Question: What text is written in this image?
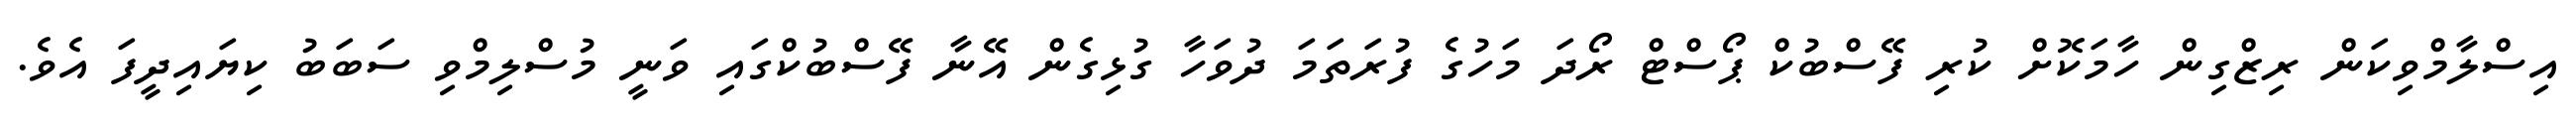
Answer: އިސްލާމްވިކަން ރިޒްގިން ހާމަކޮށް ކުރި ފޭސްބުކް ޕޯސްޓް ރޯދަ މަހުގެ ފުރަތަމަ ދުވަހާ ގުޅިގެން އޭނާ ފޭސްބުކްގައި ވަނީ މުސްލިމްވި ސަބަބު ކިޔައިދީފަ އެވެ.